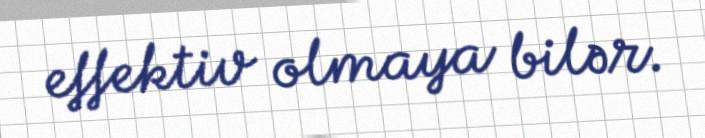
effektiv olmaya bilər.